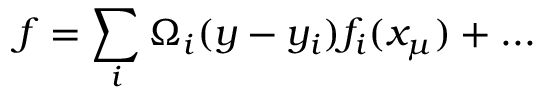
f = \sum _ { i } \Omega _ { i } ( y - y _ { i } ) f _ { i } ( x _ { \mu } ) + . . .